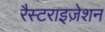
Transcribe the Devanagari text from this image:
रैस्टराइज़ेशन